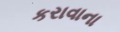
કરાવાના